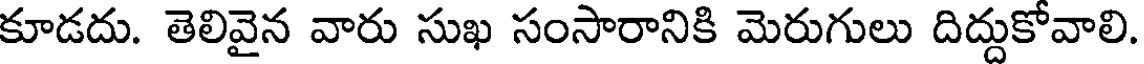
కూడదు. తెలివైన వారు సుఖ సంసారానికి మెరుగులు దిద్దుకోవాలి